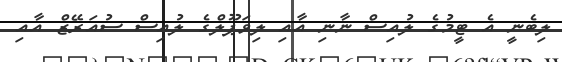
ލިބެނީ އެ ޓީމުގެ ލުއިސް ނާނި އާއި ލިވަޕޫލްގެ ލުއިސް ސުއަރޭޒް އާއި